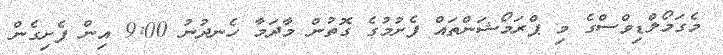
މެގަމޯލްޑިވްސްގެ މި ޕްރަމޯޝަންތައް ފެށުމުގެ ގޮތުން މާދަމާ ހެނދުނު 9:00 އިން ފެށިގެން